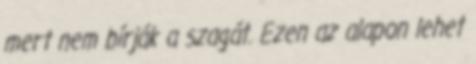
mert nem bírják a szagát. Ezen az alapon lehet